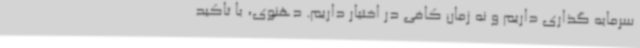
سرمایه گذاری داریم و نه زمان کافی در اختیار داریم. دهنوی، با تاکید